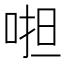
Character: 𠵆